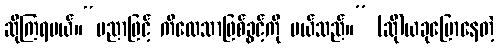
ဆိုကြရမယ်။“ပညာဖြင့် ကိလေသာဖြစ်ခွင့်ကို ပယ်သည်။” (ဆို)ယခုပြောနေတဲ့